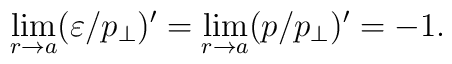
\lim_{r\to a}(\varepsilon /p_\perp )'=\lim_{r\to a}(p /p_\perp )'=-1.